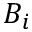
B _ { i }